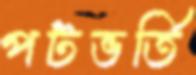
পটভর্তি